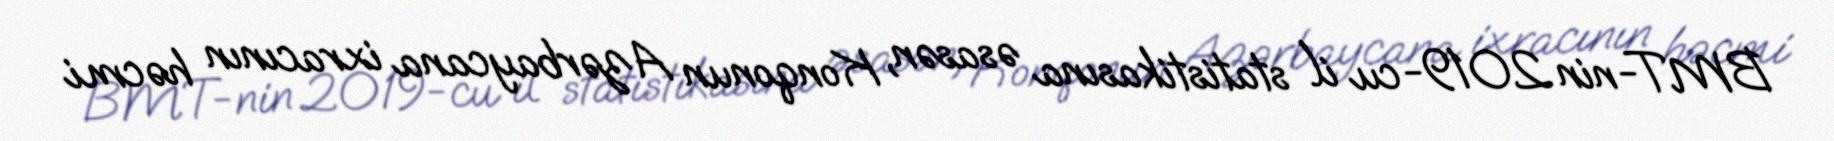
BMT-nin 2019-cu il statistikasına əsasən, Konqonun Azərbaycana ixracının həcmi